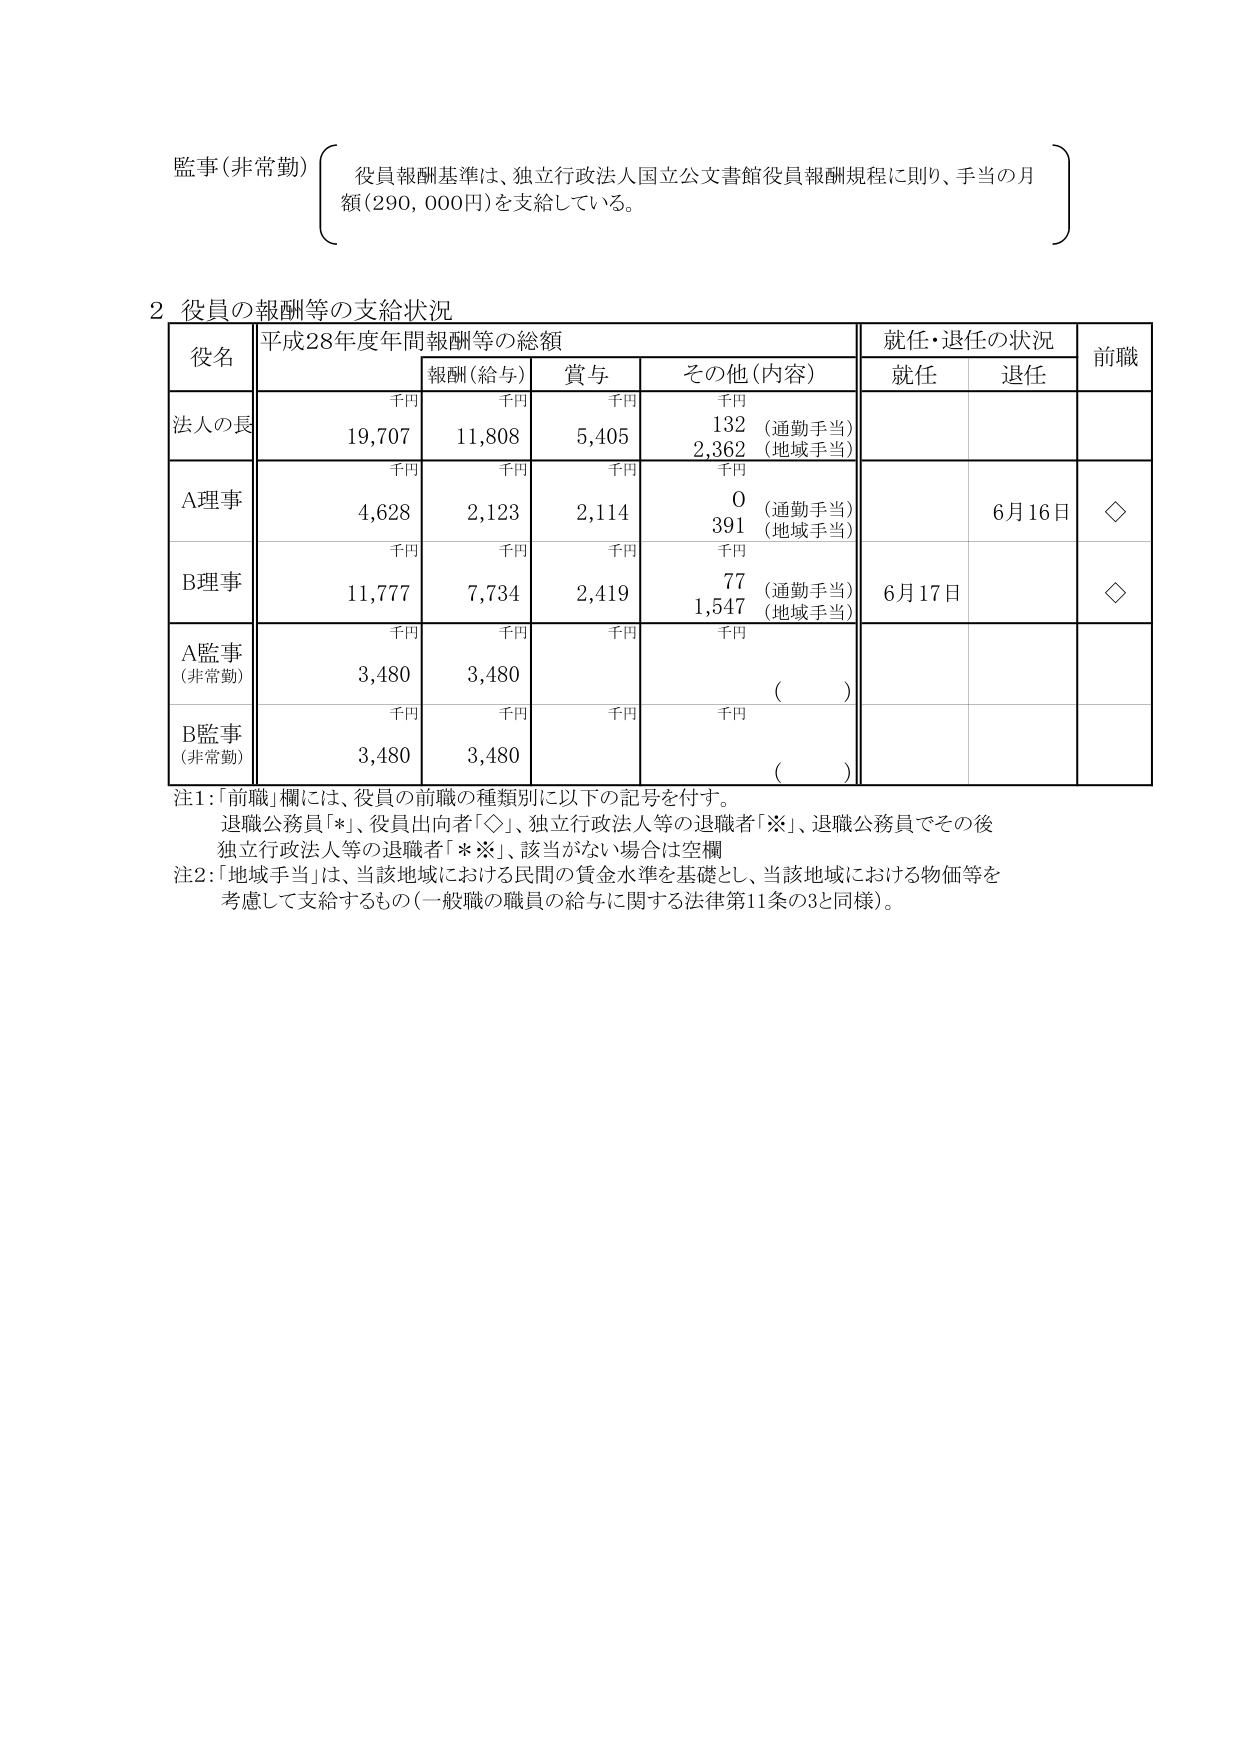
監事(非常勤) 役員報酬基準は、独立行政法人国立公文書館役員報酬規程に則り、手当の月額(290,000円)を支給している。

2 役員の報酬等の支給状況

役名 平成28年度年間報酬等の総額 就任・退任の状況 前職
　　　報酬(給与) 賞与 その他(内容) 就任 退任
　　　千円 千円 千円 千円
法人の長 19,707 11,808 5,405 132 (通勤手当) 2,362 (地域手当)
　　　千円 千円 千円 千円
A理事 4,628 2,123 2,114 0 (通勤手当) 391 (地域手当) 6月16日 ◇
　　　千円 千円 千円 千円
B理事 11,777 7,734 2,419 77 (通勤手当) 1,547 (地域手当) 6月17日 ◇
　　　千円 千円 千円 千円
A監事 3,480 3,480 ( )
(非常勤)
　　　千円 千円 千円 千円
B監事 3,480 3,480 ( )
(非常勤)

注1：「前職」欄には、役員の前職の種類別に以下の記号を付す。
　退職公務員「*」、役員出向者「◇」、独立行政法人等の退職者「※」、退職公務員でその後独立行政法人等の退職者「*※」、該当がない場合は空欄
注2：「地域手当」は、当該地域における民間の賃金水準を基礎とし、当該地域における物価等を考慮して支給するもの（一般職の職員の給与に関する法律第11条の3と同様）。